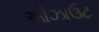
ઓઝાઉટ